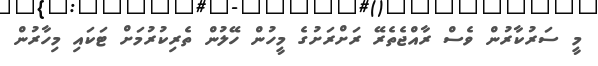
މީ ސަރުކާރުން ވެސް ރާއްޖެތެރޭ ރަށްރަށުގެ މީހުން ހޭލުން ތެރިކުރުމަށް ޓަކައި މިހާރުން